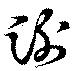
謝